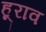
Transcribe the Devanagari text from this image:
हूराव